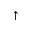
\uparrow